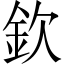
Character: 欽